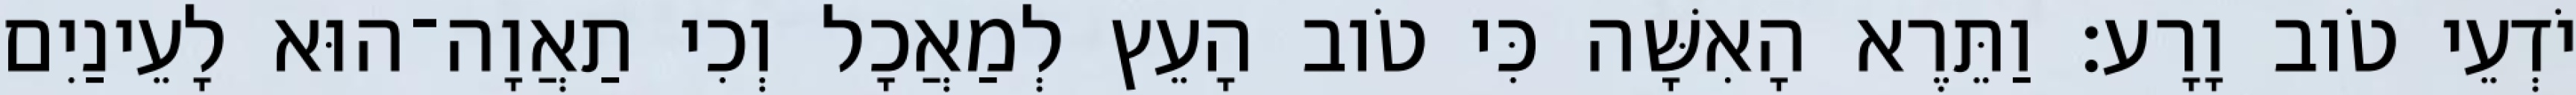
יֹדְעֵי טֹוב וָרָע׃ וַתֵּרֶא הָאִשָּׁה כִּי טֹוב הָעֵץ לְמַאֲכָל וְכִי תַאֲוָה־הוּא לָעֵינַיִם